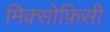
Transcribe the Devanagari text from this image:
मिक्सोफ़िसी